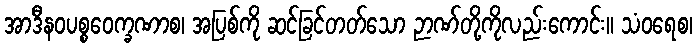
အာဒီနဝပစ္စဝေက္ခဏာစ၊ အပြစ်ကို ဆင်ခြင်တတ်သော ဉာဏ်တို့ကိုလည်းကောင်း။ သံဝရေစ၊